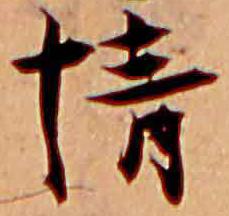
情